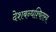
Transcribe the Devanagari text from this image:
देशबन्धश्चितस्य